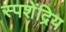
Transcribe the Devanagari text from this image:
स्पशेंद्रिय